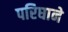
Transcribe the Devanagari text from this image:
परिघाने